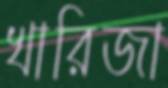
খারিজা